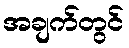
အချက်တွင်